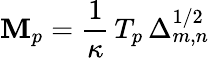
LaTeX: \mathbf{M}_{p}=\frac{{1}}{{\kappa}}\, T_{p}\, \Delta_{m,n}^{1/2}